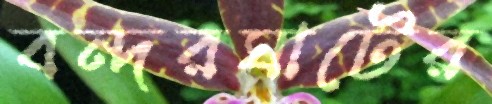
বন্দরঘাটের